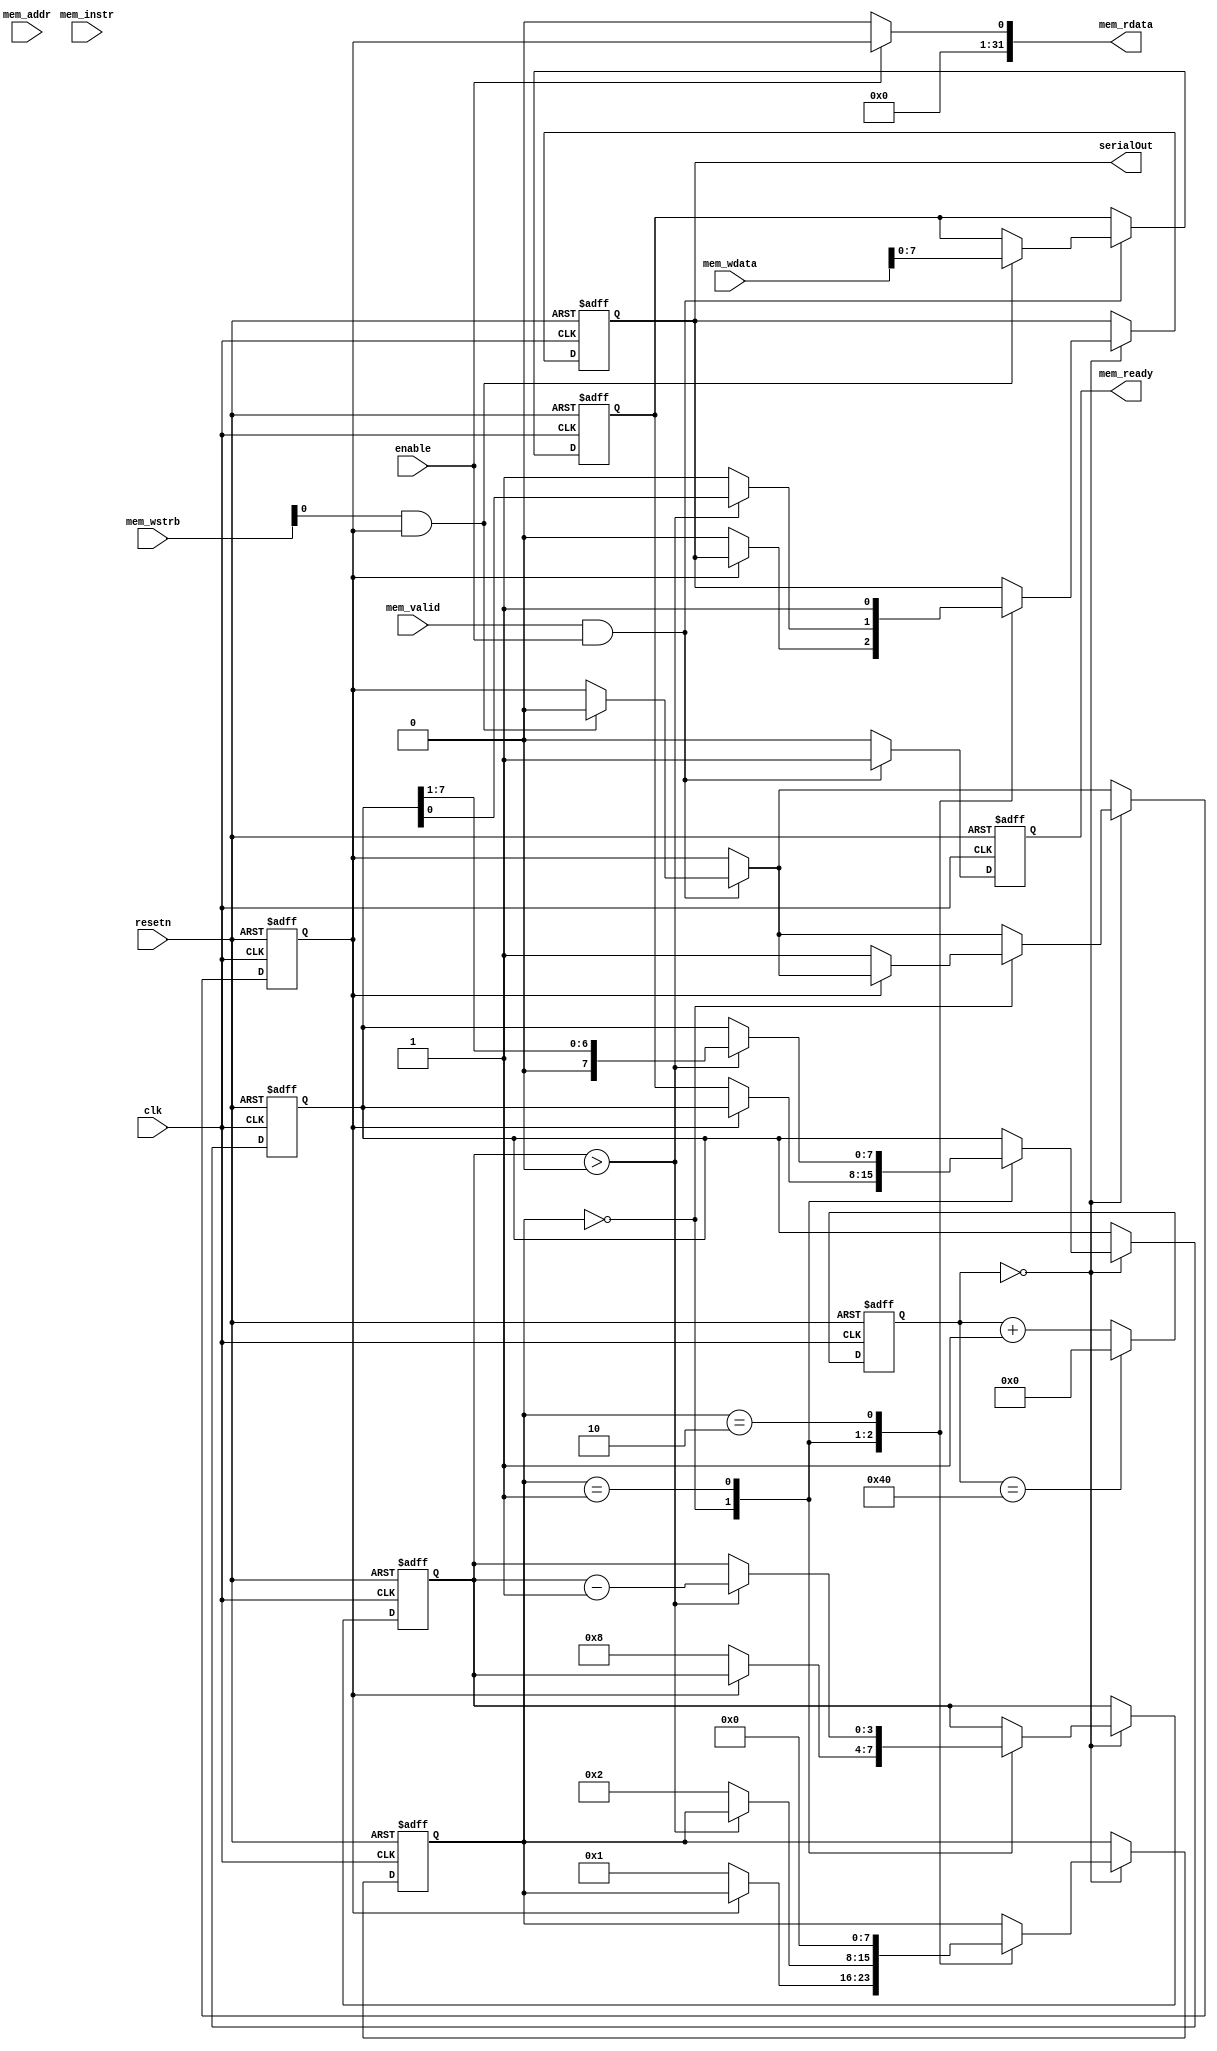
module uartTx  #(
    parameter [31:0] BAUD_DIVIDER = 64 //555 //868//434 //868   // 100MHz / 115200 baud
) (
    // Bus interface
    input  wire        clk,
    input  wire        resetn,
    input  wire        enable,
    input  wire        mem_valid,
    output wire        mem_ready,
    input  wire        mem_instr,
    input  wire [3:0]  mem_wstrb,
    input  wire [31:0] mem_wdata,
    input  wire [31:0] mem_addr,
    output wire [31:0] mem_rdata,

    // Serial interface
    output reg  serialOut     // The serial outout.
);
    // Internal Variables
    reg [7:0]  shifter;
    reg [7:0]  buffer;
    reg [7:0]  state;
    reg [3:0]  bitCount;
    reg [19:0] bitTimer;
    reg        bufferEmpty;          // TRUE when ready to accept next character.
    reg        rdy;

    // UART TX Logic
    always @ (posedge clk or negedge resetn) begin
        if (!resetn) begin
            state       <= 0;
            buffer      <= 0;
            bufferEmpty <= 1;
            shifter     <= 0;
            serialOut   <= 1;
            bitCount    <= 0;
            bitTimer    <= 0;
            rdy         <= 0;
        end else begin
            if (mem_valid & enable) begin
                if  ((mem_wstrb[0] == 1) && (bufferEmpty == 1)) begin
                    buffer <= mem_wdata;
                    bufferEmpty <= 0;
                end
                rdy <= 1;
            end else begin
                rdy <= 0;
            end

            // Generate bit clock timer for 115200 baud from 50MHz clock
            bitTimer <= bitTimer + 1;
            if (bitTimer == BAUD_DIVIDER) begin
                bitTimer <= 0;
            end

            if (bitTimer == 0) begin
                case (state)
                    // Idle
                    0 : begin
                        if (bufferEmpty == 0) begin
                            shifter <= buffer;
                            bufferEmpty <= 1;
                            bitCount <= 8;

                            // Start bit
                            serialOut <= 0;
                            state <= 1;
                        end
                    end

                    // Transmitting
                    1 : begin
                        if (bitCount > 0) begin
                            // Data bits
                            serialOut <= shifter[0];
                            bitCount <= bitCount - 1;
                            shifter <= shifter >> 1;
                        end else begin
                            // Stop bit
                            serialOut <= 1;
                            state <= 2;
                        end
                    end

                    // Second stop bit
                    2 : begin
                        serialOut <= 1;
                        state <= 0;
                    end

                    default : ;
                endcase
            end
        end
    end

    // Tri-state the bus outputs.
    assign mem_rdata = enable ? bufferEmpty : 'b0;
    assign mem_ready = rdy;

endmodule